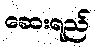
ဆေးရည်